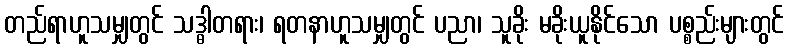
တည်ရာဟူသမျှတွင် သဒ္ဓါတရား၊ ရတနာဟူသမျှတွင် ပညာ၊ သူခိုး မခိုးယူနိုင်သော ပစ္စည်းများတွင်